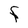
Character: f